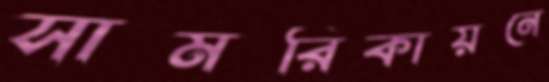
সামরিকায়নে